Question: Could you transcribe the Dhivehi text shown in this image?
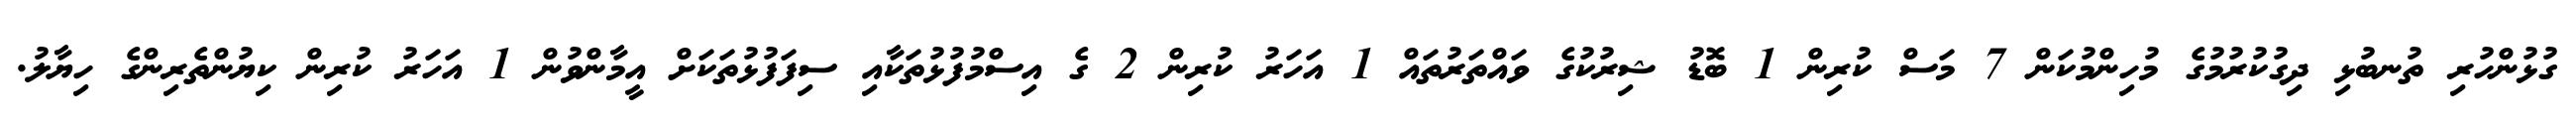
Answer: ގުޅުންހުރި ތުނބުޅި ދިގުކުރުމުގެ މުހިންމުކަން 7 މަސް ކުރިން 1 ބޮޑު ޝިރުކުގެ ވައްތަރުތައް 1 އަހަރު ކުރިން 2 ގެ އިސްމުފުޅުތަކާއި ސިފަފުޅުތަކަށް އީމާންވުން 1 އަހަރު ކުރިން ކިޔުންތެރިންގެ ހިޔާލު.